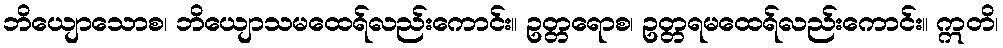
ဘိယျောသောစ၊ ဘိယျောသမထေရ်လည်းကောင်း။ ဥတ္တရောစ၊ ဥတ္တရမထေရ်လည်းကောင်း။ ဣတိ၊